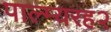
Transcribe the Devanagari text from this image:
पाल्म्यरह२